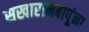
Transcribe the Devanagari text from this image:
सखारामबापूंना